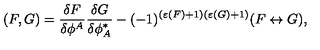
( F , G ) = \frac { \delta F } { \delta \phi ^ { A } } \frac { \delta G } { \delta \phi _ { A } ^ { * } } - ( - 1 ) ^ { ( \varepsilon ( F ) + 1 ) ( \varepsilon ( G ) + 1 ) } ( F \leftrightarrow G ) ,